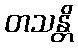
တသန္တိ